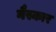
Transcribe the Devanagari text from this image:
नैस्कार